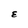
Character: E